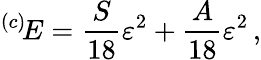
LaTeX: {}^{(c)}\! E=\frac{S}{18}\varepsilon^{2}+\frac{A}{18}\varepsilon^{2}\, ,